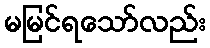
မမြင်ရသော်လည်း